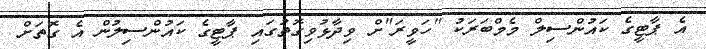
އެ ޕާޓީގެ ކައުންސިލް މެމްބަރަކު "ހަވީރަ"ށް ވިދާޅުވިގޮތުގައި ޕާޓީގެ ކައުންސިލުން އެ ގޮތަށް